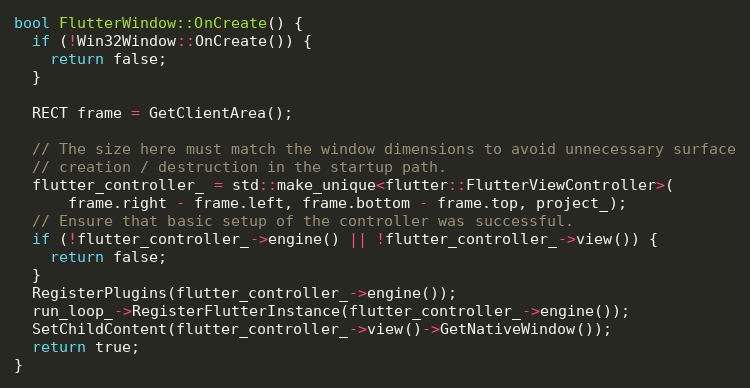
Language: C++
bool FlutterWindow::OnCreate() {
  if (!Win32Window::OnCreate()) {
    return false;
  }

  RECT frame = GetClientArea();

  // The size here must match the window dimensions to avoid unnecessary surface
  // creation / destruction in the startup path.
  flutter_controller_ = std::make_unique<flutter::FlutterViewController>(
      frame.right - frame.left, frame.bottom - frame.top, project_);
  // Ensure that basic setup of the controller was successful.
  if (!flutter_controller_->engine() || !flutter_controller_->view()) {
    return false;
  }
  RegisterPlugins(flutter_controller_->engine());
  run_loop_->RegisterFlutterInstance(flutter_controller_->engine());
  SetChildContent(flutter_controller_->view()->GetNativeWindow());
  return true;
}